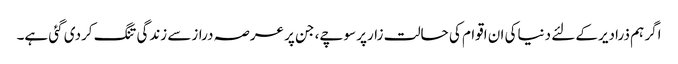
اگر ہم ذرادیرکے لئے دنیاکی ان اقوام کی حالت زارپر سوچے، جن پر عرصہ درازسے زندگی تنگ کردی گئی ہے۔